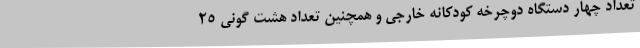
تعداد چهار دستگاه دوچرخه کودکانه خارجی و همچنین تعداد هشت گونی 25